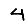
Digit: 4